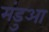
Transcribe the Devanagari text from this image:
मंडुआ